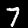
Label: 7